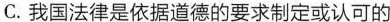
C.我国法律是依据道德的要求制定或认可的